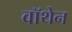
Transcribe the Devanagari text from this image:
वॉथेन